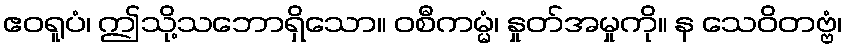
ဧဝရူပံ၊ ဤသို့သဘောရှိသော။ ဝစီကမ္မံ၊ နှုတ်အမှုကို။ န သေဝိတဗ္ဗံ၊